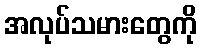
အလုပ်သမားတွေကို